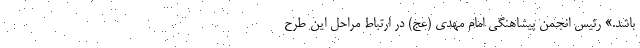
باشد.» رئیس انجمن پیشاهنگی امام مهدی (عج) در ارتباط مراحل این طرح